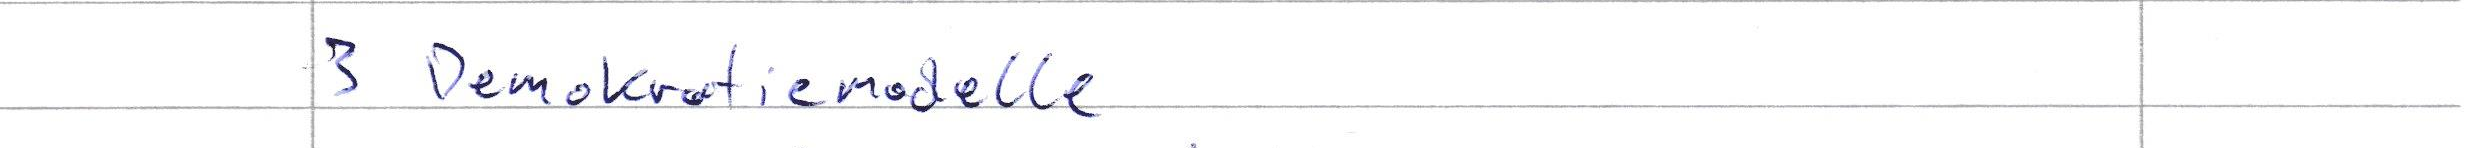
3 Demokratiemodelle